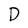
Character: D